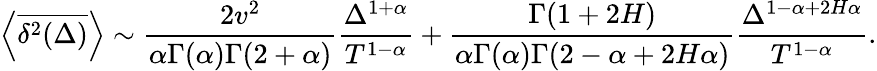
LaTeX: \left<\overline{{\delta^{2}(\Delta)}}\right>\sim\frac{2v^{2}}{\alpha\Gamma(\alpha)\Gamma(2+\alpha)}\frac{\Delta^{1+\alpha}}{T^{1-\alpha}}+\frac{\Gamma(1+2H)}{\alpha\Gamma(\alpha)\Gamma(2-\alpha+2H\alpha)}\frac{\Delta^{1-\alpha+2H\alpha}}{T^{1-\alpha}}.